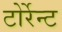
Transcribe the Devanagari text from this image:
टोर्रेन्ट